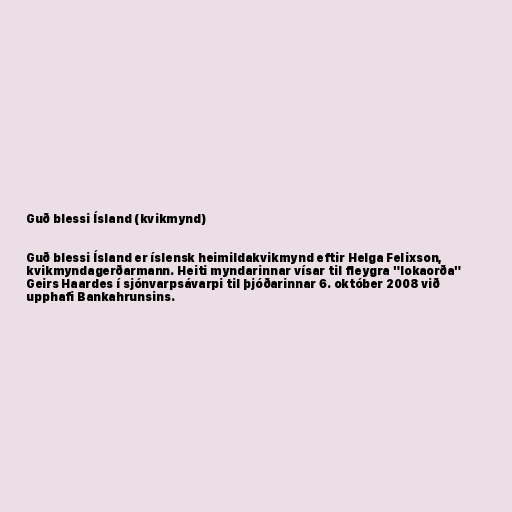
Guð blessi Ísland (kvikmynd)

Guð blessi Ísland er íslensk heimildakvikmynd eftir Helga Felixson,
kvikmyndagerðarmann. Heiti myndarinnar vísar til fleygra "lokaorða"
Geirs Haardes í sjónvarpsávarpi til þjóðarinnar 6. október 2008 við
upphafi Bankahrunsins.